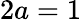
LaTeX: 2a=1